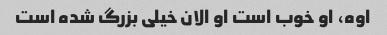
اوه، او خوب است او الان خیلی بزرگ شده است